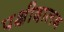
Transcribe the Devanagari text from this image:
पक्षीदालन